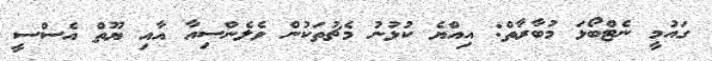
ގައުމީ ނެޓްބޯޅަ މުބާރާތް: އިއްޔެ ކުޅުނު މެޗުތަކުން ވެލެންސިއާ އާއި ޔޫތް އެސްސީ